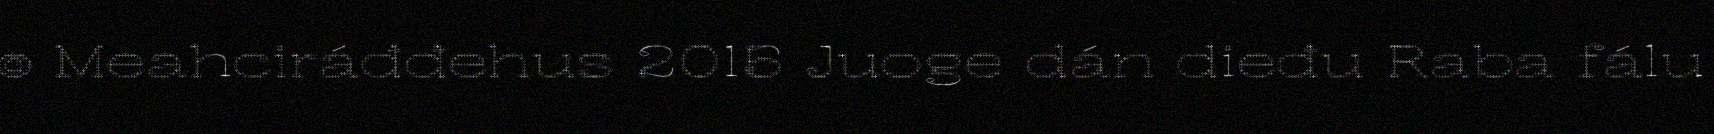
© Meahciráđđehus 2015 Juoge dán dieđu Raba fálu